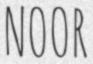
NOOR